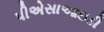
પીએસાઆઇડી